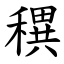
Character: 穓